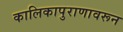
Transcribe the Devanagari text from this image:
कालिकापुराणावरून